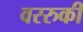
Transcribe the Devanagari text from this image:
वररुकी